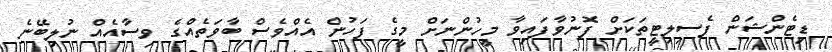
ޑިޓެންޝަން ފެސިލިޓީތަކަށް ފޮނުވާފައިވާ މީހުންނަށް މީގެ ފަހުން އެއްވެސް ބާވަތެއްގެ ވިސާއެއް ނުލިބޭނެ